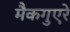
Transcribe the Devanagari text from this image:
मैकगुएरे